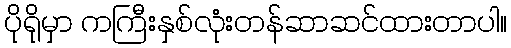
ပိုရိုမှာ ကကြီးနှစ်လုံးတန်ဆာဆင်ထားတာပါ။